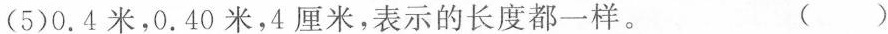
(5)0.4米，0.40米，4厘米，表示的长度都一样。 ( )